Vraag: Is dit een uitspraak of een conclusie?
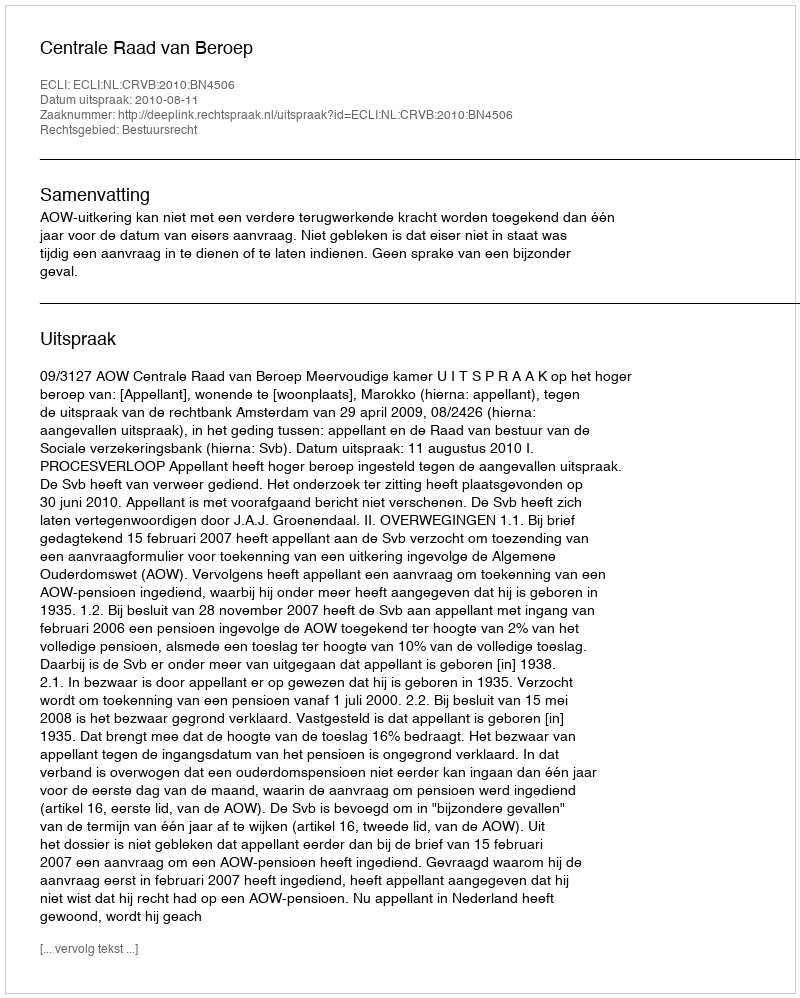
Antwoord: Uitspraak